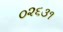
૦૨૬૩૧